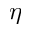
\eta